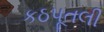
કઠપૂતલી